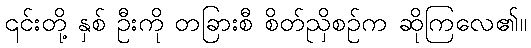
၎င်းတို့ နှစ် ဦးကို တခြားစီ စိတ်ညှိစဉ်က ဆိုကြလေ၏။